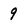
Character: 9